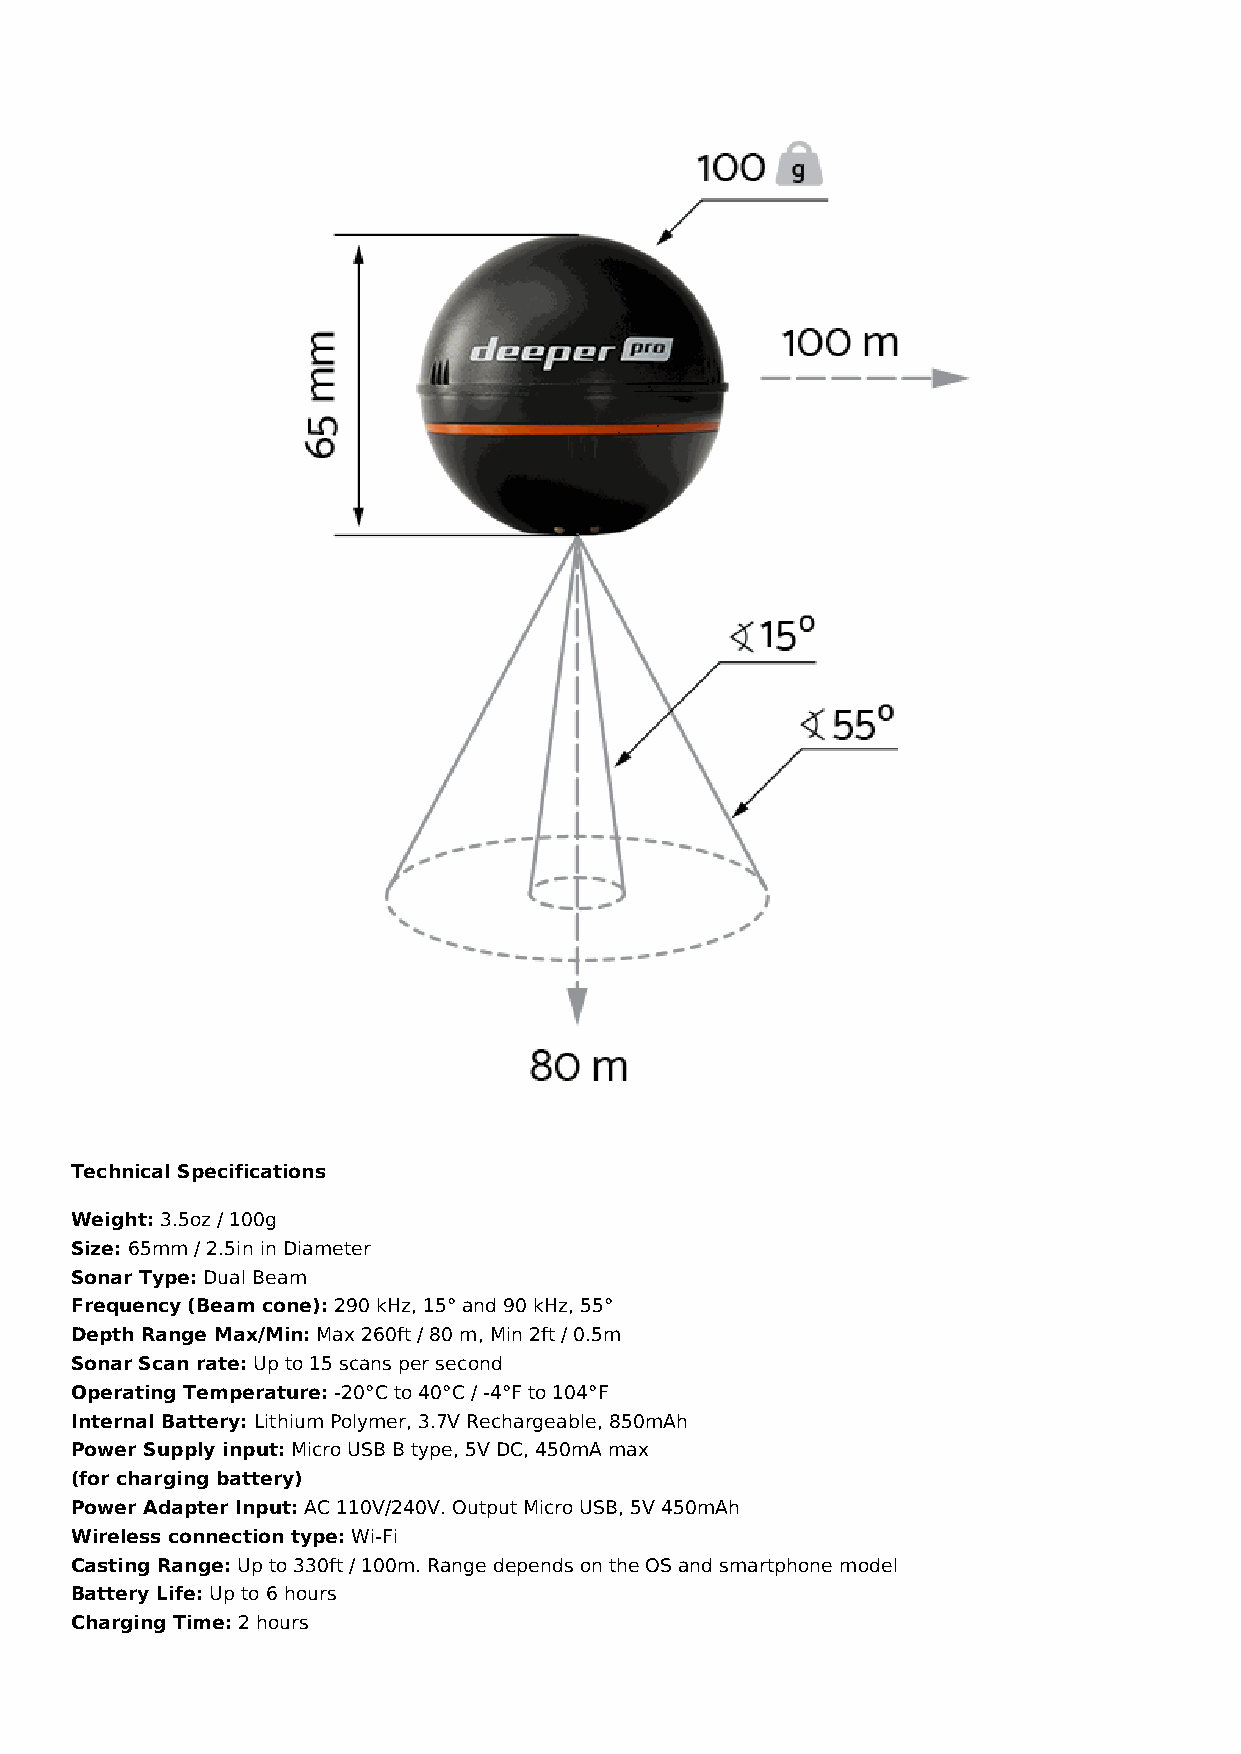
Technical Specifications
 Weight: 3.5oz / 100g
 Size: 65mm / 2.5in in Diameter
 Sonar Type: Dual Beam
 Frequency (Beam cone): 290 kHz, 15° and 90 kHz, 55°
 Depth Range Max/Min: Max 260ft / 80 m, Min 2ft / 0.5m
 Sonar Scan rate: Up to 15 scans per second
 Operating Temperature: -20°C to 40°C / -4°F to 104°F
 Internal Battery: Lithium Polymer, 3.7V Rechargeable, 850mAh
 Power Supply input: Micro USB B type, 5V DC, 450mA max
 (for charging battery)
 Power Adapter Input: AC 110V/240V. Output Micro USB, 5V 450mAh
 Wireless connection type: Wi-Fi
 Casting Range: Up to 330ft / 100m. Range depends on the OS and smartphone model
 Battery Life: Up to 6 hours
 Charging Time: 2 hours